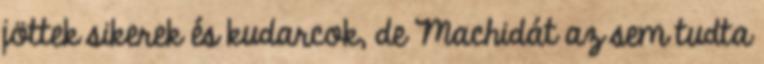
jöttek sikerek és kudarcok, de Machidát az sem tudta